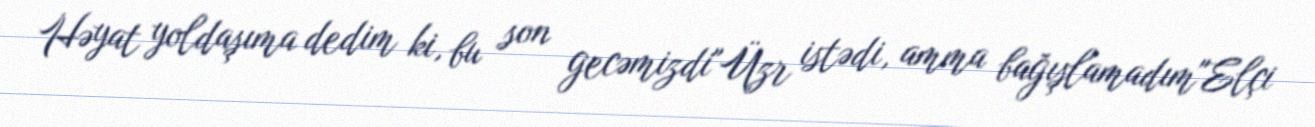
Həyat yoldaşıma dedim ki, bu son gecəmizdi"Üzr istədi, amma bağışlamadım"Elçi